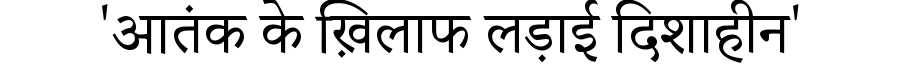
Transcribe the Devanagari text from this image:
'आतंक के ख़िलाफ लड़ाई दिशाहीन'